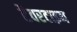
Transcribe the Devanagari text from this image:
टैवरटाइन